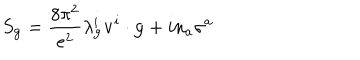
S _ { \bf g } = \frac { 8 \pi ^ { 2 } } { e ^ { 2 } } \lambda _ { \bf g } ^ { i } { \bf v } ^ { i } \cdot { \bf g } + i n _ { a } \sigma ^ { a }